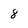
Character: 8